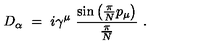
D _ { \alpha } \ = \ i \gamma ^ { \mu } \ \frac { \mathrm { s i n } \left( \frac \pi N p _ { \mu } \right) } { \frac \pi N } \ .